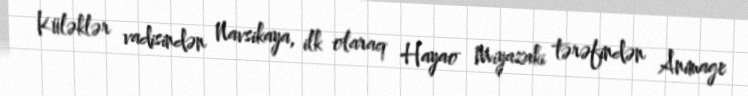
Küləklər vadisindən Navsikaya, ilk olaraq Hayao Miyazaki tərəfindən Animage